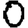
Digit: 0